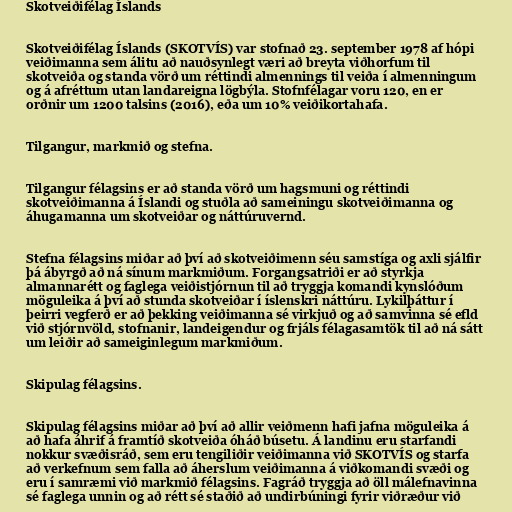
Skotveiðifélag Íslands

Skotveiðifélag Íslands (SKOTVÍS) var stofnað 23. september 1978 af hópi
veiðimanna sem álitu að nauðsynlegt væri að breyta viðhorfum til
skotveiða og standa vörð um réttindi almennings til veiða í almenningum
og á afréttum utan landareigna lögbýla. Stofnfélagar voru 120, en er
orðnir um 1200 talsins (2016), eða um 10% veiðikortahafa.

Tilgangur, markmið og stefna.

Tilgangur félagsins er að standa vörð um hagsmuni og réttindi
skotveiðimanna á Íslandi og stuðla að sameiningu skotveiðimanna og
áhugamanna um skotveiðar og náttúruvernd.

Stefna félagsins miðar að því að skotveiðimenn séu samstíga og axli sjálfir
þá ábyrgð að ná sínum markmiðum. Forgangsatriði er að styrkja
almannarétt og faglega veiðistjórnun til að tryggja komandi kynslóðum
möguleika á því að stunda skotveiðar í íslenskri náttúru. Lykilþáttur í
þeirri vegferð er að þekking veiðimanna sé virkjuð og að samvinna sé efld
við stjórnvöld, stofnanir, landeigendur og frjáls félagasamtök til að ná sátt
um leiðir að sameiginlegum markmiðum.

Skipulag félagsins.

Skipulag félagsins miðar að því að allir veiðmenn hafi jafna möguleika á
að hafa áhrif á framtíð skotveiða óháð búsetu. Á landinu eru starfandi
nokkur svæðisráð, sem eru tengiliðir veiðimanna við SKOTVÍS og starfa
að verkefnum sem falla að áherslum veiðimanna á viðkomandi svæði og
eru í samræmi við markmið félagsins. Fagráð tryggja að öll málefnavinna
sé faglega unnin og að rétt sé staðið að undirbúningi fyrir viðræður við